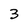
Character: 3